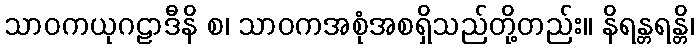
သာဝကယုဂဠာဒီနိ စ၊ သာဝကအစုံအစရှိသည်တို့တည်း။ နိရန္တရန္တိ၊